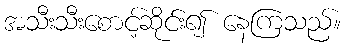
အသီးသီးစောင့်ဆိုင်း၍ နေကြသည်။